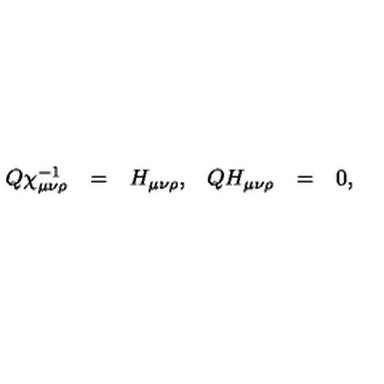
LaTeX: \begin{array} { r c l r c l } { Q \chi _ { \mu \nu \rho } ^ { - 1 } } & { = } & { H _ { \mu \nu \rho } , } & { Q H _ { \mu \nu \rho } } & { = } & { 0 , } \\ \end{array}